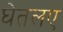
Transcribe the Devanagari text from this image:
घेतलए